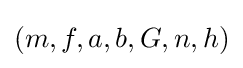
(m,f,a,b,G,n,h)